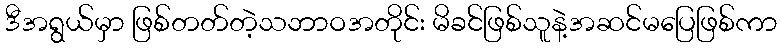
ဒီအရွယ်မှာ ဖြစ်တတ်တဲ့သဘာဝအတိုင်း မိခင်ဖြစ်သူနဲ့အဆင်မပြေဖြစ်ကာ